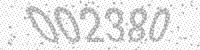
Solution: 002380